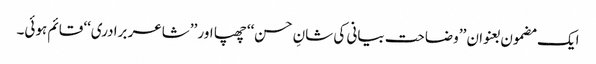
ایک مضمون بعنوان ’’وضاحت بیانی کی شانِ حسن‘‘ چھپا اور ’’شاعر برادری‘‘ قائم ہوئی۔